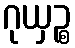
ဂုယှဉ္စ